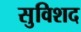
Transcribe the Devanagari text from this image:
सुविशद